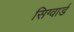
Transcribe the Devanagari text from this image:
सिग्वार्ड